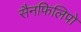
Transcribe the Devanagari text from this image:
सैनफिलिपो